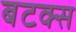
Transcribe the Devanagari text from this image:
बटक्स